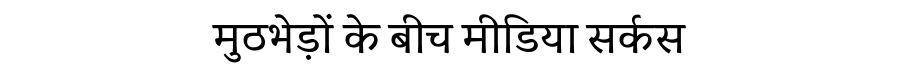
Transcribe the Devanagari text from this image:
मुठभेड़ों के बीच मीडिया सर्कस